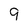
Character: 9